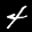
Digit: 4